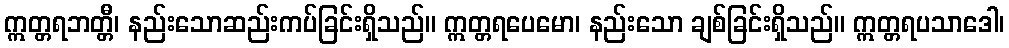
ဣတ္တရဘတ္တီ၊ နည်းသောဆည်းကပ်ခြင်းရှိသည်။ ဣတ္တရပေမော၊ နည်းသော ချစ်ခြင်းရှိသည်။ ဣတ္တရပသာဒေါ၊